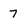
Character: 7